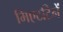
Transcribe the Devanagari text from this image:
मिएटटिनें